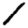
Digit: 1